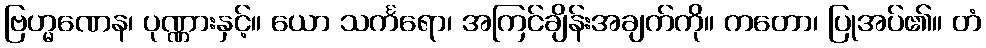
ဗြဟ္မဏေန၊ ပုဏ္ဏားနှင့်။ ယော သင်္ကရော၊ အကြင်ချိန်းအချက်ကို။ ကတော၊ ပြုအပ်၏။ တံ